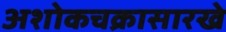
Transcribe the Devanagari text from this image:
अशोकचक्रासारखे